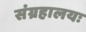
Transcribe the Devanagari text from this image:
संग्रहालयः